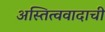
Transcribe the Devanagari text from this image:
अस्तित्ववादाची